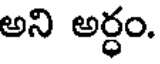
అని అర్ధం.